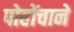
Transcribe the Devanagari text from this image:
पोहोंचाने